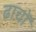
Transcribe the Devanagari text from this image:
ढाचों